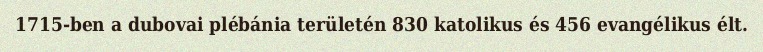
1715-ben a dubovai plébánia területén 830 katolikus és 456 evangélikus élt.